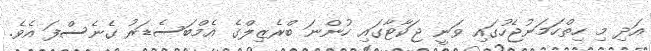
އަދި މި ހިތްހަމަނުޖެހުގައި ވަނީ ޖަކާޓާގައި ހުންނަ ބްރެޒިލްގެ އެމްބަސެޑަރު ގެނެސްފަ އެވެ.